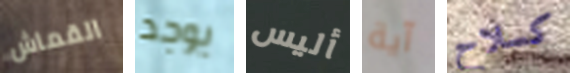
القماش يوجد أليس آية كسلاح